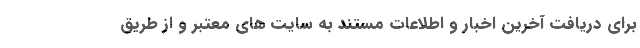
برای دریافت آخرین اخبار و اطلاعات مستند به سایت های معتبر و از طریق